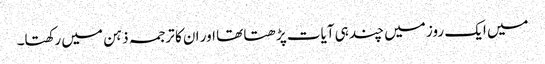
میں ایک روز میں چند ہی آیات پڑھتا تھا اور ان کا ترجمہ ذہن میں رکھتا۔